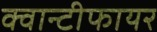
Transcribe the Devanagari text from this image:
क्वान्टीफायर